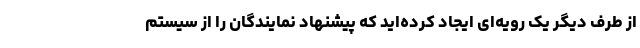
از طرف دیگر یک رویه‌ای ایجاد کرده‌اید که پیشنهاد نمایندگان را از سیستم